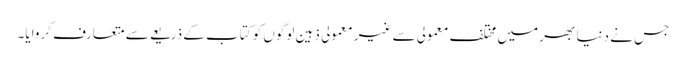
جس نے دنیا بھر میں مختلف معمولی سے غیر معمولی ذہین لوگوں کو کتاب کے ذریعے سے متعارف کروایا۔